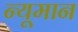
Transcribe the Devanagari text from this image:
न्यूमान